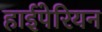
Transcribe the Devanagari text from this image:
हाईपेरियन